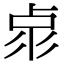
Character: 𠧳